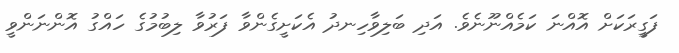
ފަގީރަކަށް އޮއްނަ ކަމެއްނޫނެވެ. އަދި ބަލިވާހިނދު އެކަށީގެންވާ ފަރުވާ ލިބުމުގެ ހައްގު އޮންނަންވީ